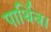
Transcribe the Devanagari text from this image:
पार्थिव।